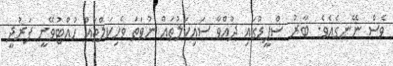
ވެސް ނޭނގެއެވެ. ބާރު ސްޕީޑުގައި ދުއްވާ ސައިކަލުތައް ނުވަތަ ވެހިކަލްތައް ހުއްޓުވޭނީ ފަރުދީ